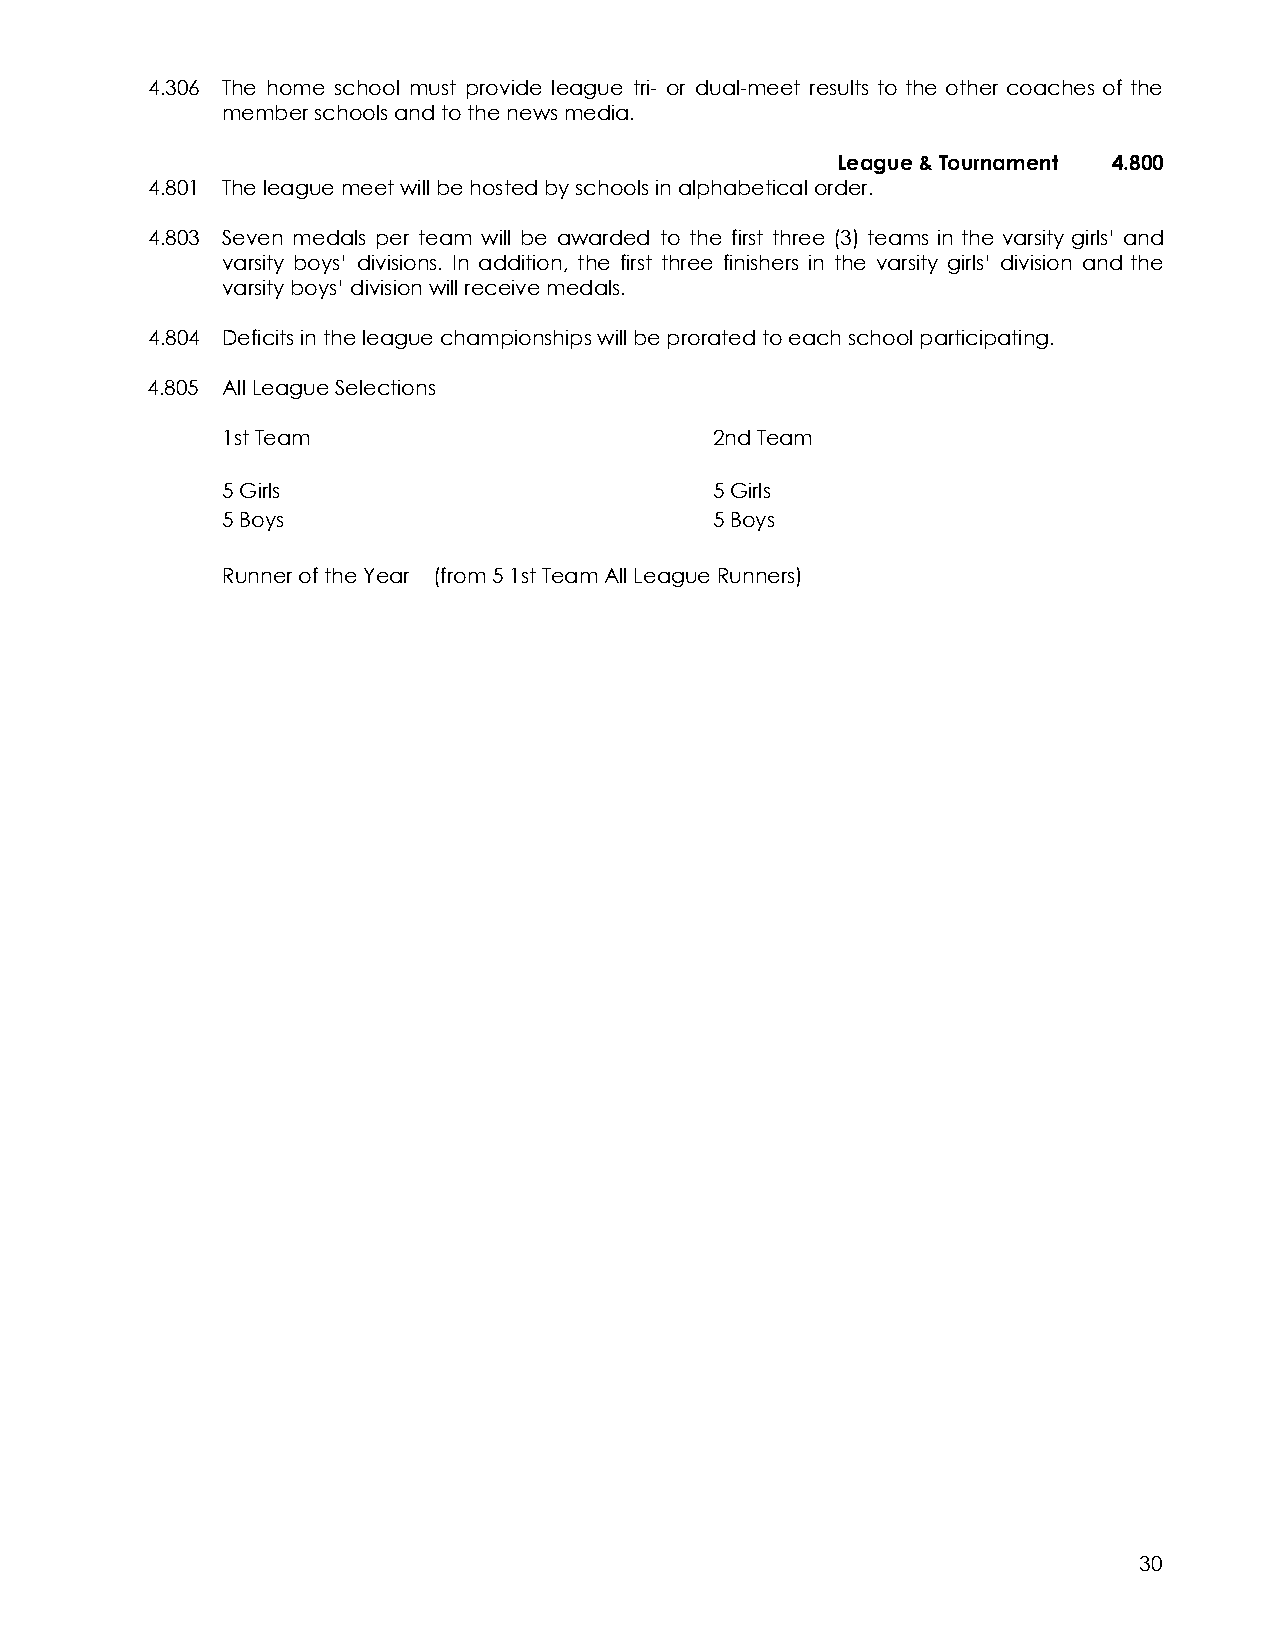
4.306 The home school must provide league tri- or dual-meet results to the other coaches of the
 member schools and to the news media.
 League & Tournament 4.800
 4.801 The league meet will be hosted by schools in alphabetical order.
 4.803 Seven medals per team will be awarded to the first three (3) teams in the varsity girls’ and
 varsity boys’ divisions. In addition, the first three finishers in the varsity girls’ division and the
 varsity boys’ division will receive medals.
 4.804 Deficits in the league championships will be prorated to each school participating.
 4.805 All League Selections
 1st Team                        2nd Team
 5 Girls                         5 Girls
 5 Boys                          5 Boys
 Runner of the Year (from 5 1st Team All League Runners)
 30